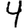
Digit: 4